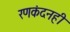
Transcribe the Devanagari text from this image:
रणकंदनही